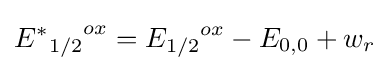
{{E^{*}}_{1/2}}^{ox}={E_{1/2}}^{ox}-E_{0,0}+w_{r}